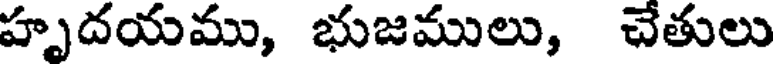
హృదయము, భుజములు, చేతులు